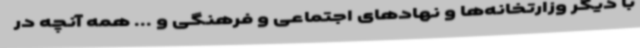
با دیگر وزارتخانه‌ها و نهادهای اجتماعی و فرهنگی و ... همه آنچه در